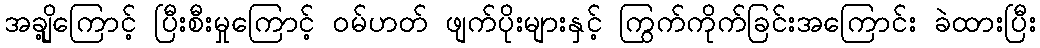
အချို့ကြောင့် ပြီးစီးမှုကြောင့် ဝမ်ဟတ် ဖျက်ပိုးများနှင့် ကြွက်ကိုက်ခြင်းအကြောင်း ခဲထားပြီး